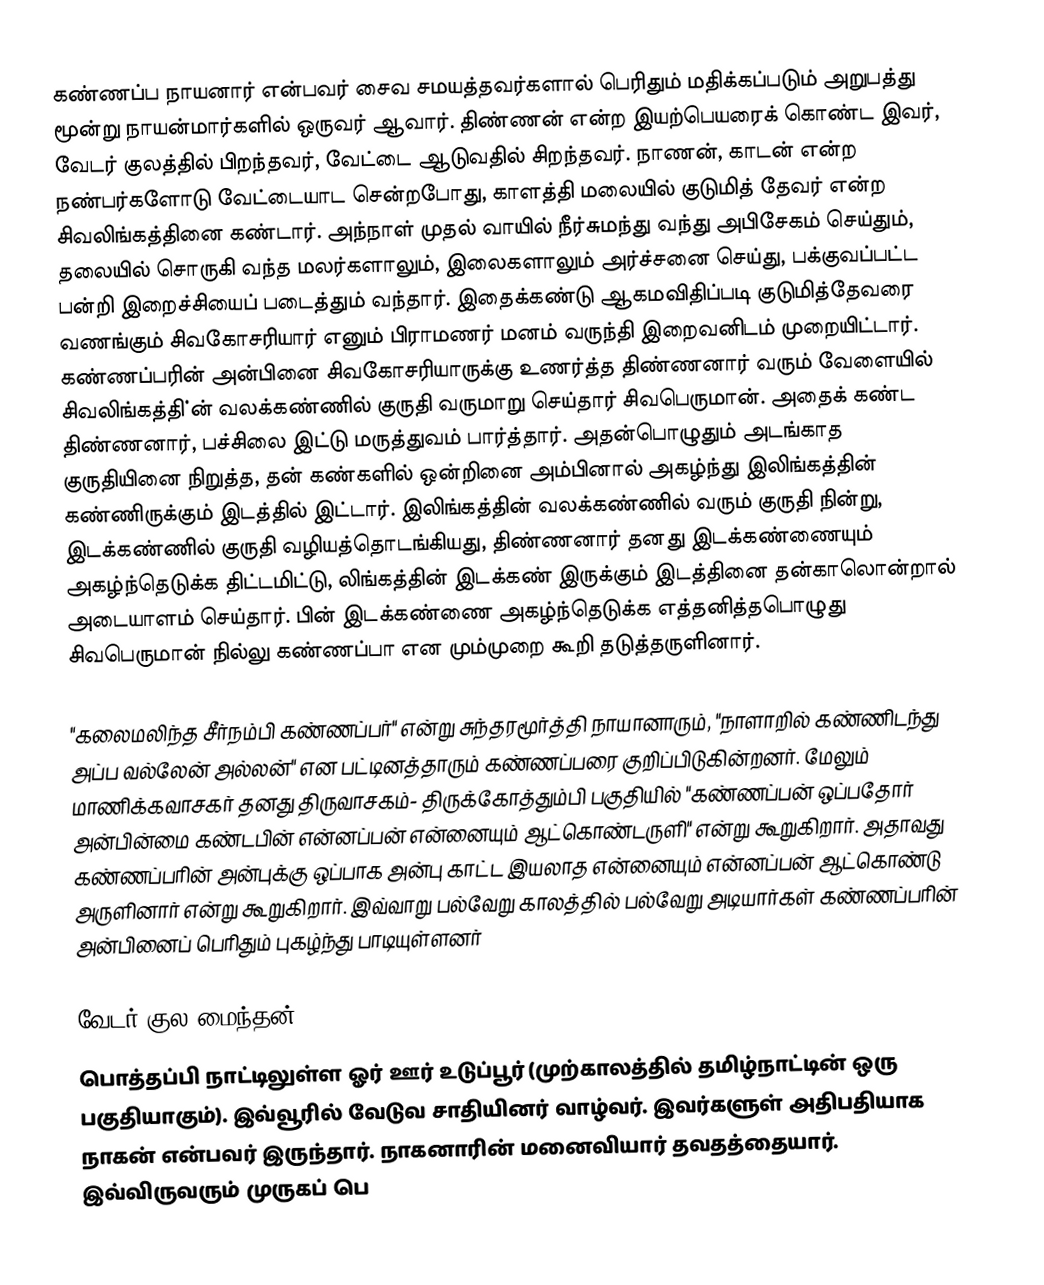
கண்ணப்ப நாயனார் என்பவர் சைவ சமயத்தவர்களால் பெரிதும் மதிக்கப்படும் அறுபத்து மூன்று நாயன்மார்களில் ஒருவர் ஆவார். திண்ணன் என்ற இயற்பெயரைக் கொண்ட இவர், வேடர் குலத்தில் பிறந்தவர்,  வேட்டை ஆடுவதில் சிறந்தவர். நாணன், காடன் என்ற நண்பர்களோடு வேட்டையாட சென்றபோது, காளத்தி மலையில் குடுமித் தேவர் என்ற சிவலிங்கத்தினை கண்டார். அந்நாள் முதல் வாயில் நீர்சுமந்து வந்து அபிசேகம் செய்தும், தலையில் சொருகி வந்த மலர்களாலும், இலைகளாலும் அர்ச்சனை செய்து, பக்குவப்பட்ட பன்றி இறைச்சியைப் படைத்தும் வந்தார். இதைக்கண்டு ஆகமவிதிப்படி குடுமித்தேவரை வணங்கும் சிவகோசரியார் எனும் பிராமணர் மனம் வருந்தி இறைவனிடம் முறையிட்டார். கண்ணப்பரின் அன்பினை சிவகோசரியாருக்கு உணர்த்த திண்ணனார் வரும் வேளையில் சிவலிங்கத்தி்ன் வலக்கண்ணில் குருதி வருமாறு செய்தார் சிவபெருமான். அதைக் கண்ட திண்ணனார், பச்சிலை இட்டு மருத்துவம் பார்த்தார். அதன்பொழுதும் அடங்காத குருதியினை நிறுத்த, தன் கண்களில் ஒன்றினை அம்பினால் அகழ்ந்து இலிங்கத்தின் கண்ணிருக்கும் இடத்தில் இட்டார். இலிங்கத்தின் வலக்கண்ணில் வரும் குருதி நின்று, இடக்கண்ணில் குருதி வழியத்தொடங்கியது, திண்ணனார் தனது இடக்கண்ணையும் அகழ்ந்தெடுக்க திட்டமிட்டு, லிங்கத்தின் இடக்கண் இருக்கும் இடத்தினை தன்காலொன்றால் அடையாளம் செய்தார். பின் இடக்கண்ணை அகழ்ந்தெடுக்க எத்தனித்தபொழுது சிவபெருமான் நில்லு கண்ணப்பா என மும்முறை கூறி தடுத்தருளினார்.

"கலைமலிந்த சீர்நம்பி கண்ணப்பர்" என்று சுந்தரமூர்த்தி நாயானாரும், "நாளாறில் கண்ணிடந்து அப்ப வல்லேன் அல்லன்" என பட்டினத்தாரும் கண்ணப்பரை குறிப்பிடுகின்றனர். மேலும் மாணிக்கவாசகர் தனது திருவாசகம்- திருக்கோத்தும்பி பகுதியில் "கண்ணப்பன் ஒப்பதோர் அன்பின்மை கண்டபின் என்னப்பன் என்னையும் ஆட்கொண்டருளி" என்று கூறுகிறார். அதாவது கண்ணப்பரின் அன்புக்கு ஒப்பாக அன்பு காட்ட இயலாத என்னையும் என்னப்பன் ஆட்கொண்டு அருளினார் என்று கூறுகிறார். இவ்வாறு பல்வேறு காலத்தில் பல்வேறு அடியார்கள் கண்ணப்பரின் அன்பினைப் பெரிதும் புகழ்ந்து பாடியுள்ளனர்

வேடர் குல மைந்தன்
பொத்தப்பி நாட்டிலுள்ள ஓர் ஊர் உடுப்பூர் (முற்காலத்தில் தமிழ்நாட்டின் ஒரு பகுதியாகும்). இவ்வூரில் வேடுவ சாதியினர் வாழ்வர். இவர்களுள் அதிபதியாக நாகன் என்பவர் இருந்தார். நாகனாரின் மனைவியார் தவதத்தையார். இவ்விருவரும் முருகப் பெ